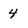
Character: 4